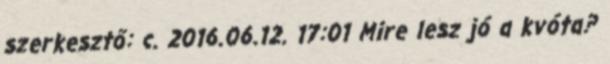
szerkesztő: c. 2016.06.12. 17:01 Mire lesz jó a kvóta?